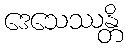
ဒေသေဿန္တိ